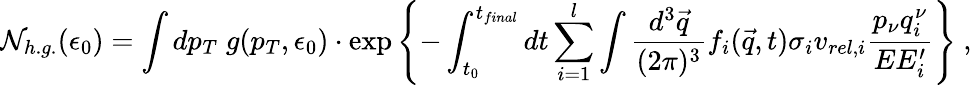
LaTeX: {\cal N}_{h.g.}(\epsilon_{0})=\int dp_{T}\; g(p_{T},\epsilon_{0})\cdot\exp\left\{ -\int_{t_{0}}^{t_{final}}dt\sum_{i=1}^{l}\int{\frac{d^{3}\vec{q}}{(2\pi)^{3}}}f_{i}(\vec{q},t)\sigma_{i}v_{rel,i}{\frac{p_{\nu}q_{i}^{\nu}}{EE_{i}^{\prime}}}\right\} \ ,